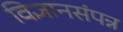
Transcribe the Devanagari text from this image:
विज्ञानसंपन्न